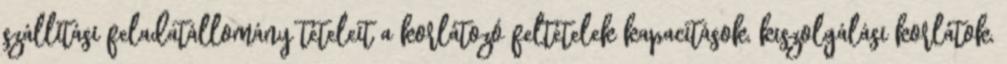
szállítási feladatállomány tételeit a korlátozó feltételek kapacitások, kiszolgálási korlátok,